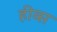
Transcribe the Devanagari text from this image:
हीव्स